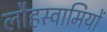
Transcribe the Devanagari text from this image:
लौहस्वामियों